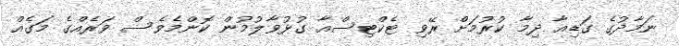
ނަމާދުގެ ގަޑިއާ ދިމާ ކުރުމަށް ރޭވި ޓެކްޓިސްއާ ގުޅުވާލުމުން ކޮންމެވެސް ވަރެއްގެ މަގެއް